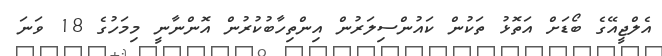
އެލްޖީއޭގެ ބޯޑަށް އަތޮޅު ތަކުން ކައުންސިލަރުން އިންތިހާބުކުރުން އޮންނާނީ މިމަހުގެ 18 ވަނަ